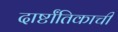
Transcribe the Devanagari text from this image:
दार्ष्टांतिकाची